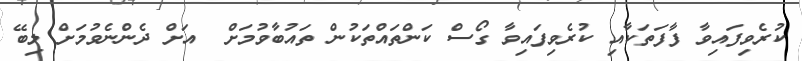
ކުރެވިފައިވާ ފާފަތަކާއި ކުރެވިފައިވާ ގޯސް ކަންތައްތަކުން ތައުބާވުމަށް  އަށް ދެންނެވުމަށް ލިބޭ